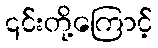
၎င်းတို့ကြောင့်